Source: Handwritten
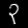
Digit: ၃ (3)